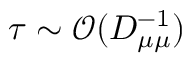
\tau \sim \mathcal { O } ( D _ { \mu \mu } ^ { - 1 } )